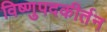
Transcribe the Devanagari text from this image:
विष्णुपदकीर्तन